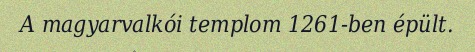
A magyarvalkói templom 1261-ben épült.